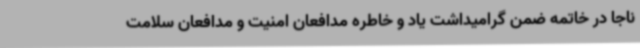
ناجا در خاتمه ضمن گرامیداشت یاد و خاطره مدافعان امنیت و مدافعان سلامت